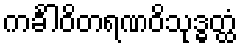
ကင်္ခါဝိတရဏဝိသုဒ္ဓတ္ထံ